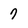
Character: 7